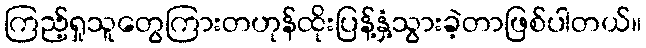
ကြည့်ရှုသူတွေကြားတဟုန်ထိုးပြန့်နှံ့သွားခဲ့တာဖြစ်ပါတယ်။